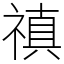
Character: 禛